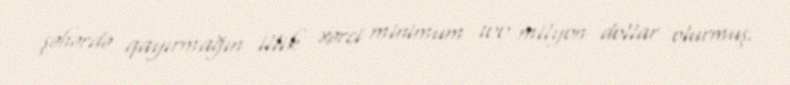
şəhərdə qayırmağın illik xərci minimum 100 milyon dollar olurmuş.